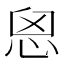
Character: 𢙦